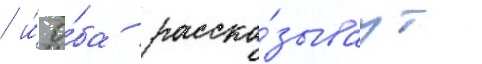
/ и́ о́ба расска́зываут